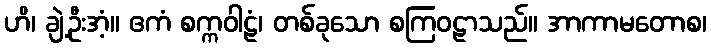
ဟိ၊ ချဲ့ဦးအံ့။ ဧကံ စက္ကဝါဠံ၊ တစ်ခုသော စကြဝဠာသည်။ အာကာမတောစ၊